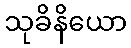
သုခိနိယော